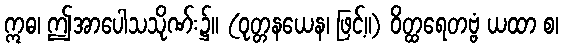
ဣဓ၊ ဤအာပေါသသိုဏ်း၌။ (ဝုတ္တနယေန၊ ဖြင့်။) ဝိတ္ထရေတဗ္ဗံ ယထာ စ၊